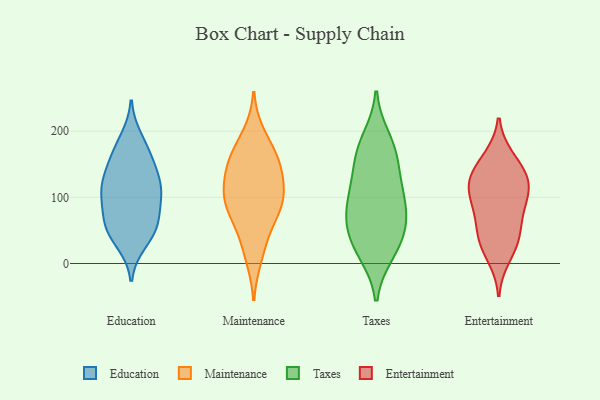
{"axis": {"x": "Inventory Turnover", "y": "Value"}, "legend": ["Education", "Entertainment", "Maintenance", "Taxes"], "data": [{"x": "", "y": 71, "type": "Education"}, {"x": "", "y": 188, "type": "Education"}, {"x": "", "y": 111, "type": "Education"}, {"x": "", "y": 154, "type": "Education"}, {"x": "", "y": 32, "type": "Education"}, {"x": "", "y": 108, "type": "Education"}, {"x": "", "y": 55, "type": "Education"}, {"x": "", "y": 173, "type": "Education"}, {"x": "", "y": 63, "type": "Education"}, {"x": "", "y": 134, "type": "Education"}, {"x": "", "y": 113, "type": "Education"}, {"x": "", "y": 113, "type": "Education"}, {"x": "", "y": 154, "type": "Education"}, {"x": "", "y": 100, "type": "Education"}, {"x": "", "y": 43, "type": "Education"}, {"x": "", "y": 57, "type": "Education"}, {"x": "", "y": 150, "type": "Maintenance"}, {"x": "", "y": 116, "type": "Maintenance"}, {"x": "", "y": 10, "type": "Maintenance"}, {"x": "", "y": 166, "type": "Maintenance"}, {"x": "", "y": 144, "type": "Maintenance"}, {"x": "", "y": 107, "type": "Maintenance"}, {"x": "", "y": 154, "type": "Maintenance"}, {"x": "", "y": 87, "type": "Maintenance"}, {"x": "", "y": 194, "type": "Maintenance"}, {"x": "", "y": 72, "type": "Maintenance"}, {"x": "", "y": 100, "type": "Maintenance"}, {"x": "", "y": 85, "type": "Maintenance"}, {"x": "", "y": 38, "type": "Maintenance"}, {"x": "", "y": 157, "type": "Taxes"}, {"x": "", "y": 15, "type": "Taxes"}, {"x": "", "y": 39, "type": "Taxes"}, {"x": "", "y": 76, "type": "Taxes"}, {"x": "", "y": 83, "type": "Taxes"}, {"x": "", "y": 104, "type": "Taxes"}, {"x": "", "y": 124, "type": "Taxes"}, {"x": "", "y": 114, "type": "Taxes"}, {"x": "", "y": 177, "type": "Taxes"}, {"x": "", "y": 77, "type": "Taxes"}, {"x": "", "y": 161, "type": "Taxes"}, {"x": "", "y": 189, "type": "Taxes"}, {"x": "", "y": 46, "type": "Taxes"}, {"x": "", "y": 15, "type": "Taxes"}, {"x": "", "y": 51, "type": "Taxes"}, {"x": "", "y": 70, "type": "Entertainment"}, {"x": "", "y": 32, "type": "Entertainment"}, {"x": "", "y": 39, "type": "Entertainment"}, {"x": "", "y": 86, "type": "Entertainment"}, {"x": "", "y": 154, "type": "Entertainment"}, {"x": "", "y": 126, "type": "Entertainment"}, {"x": "", "y": 110, "type": "Entertainment"}, {"x": "", "y": 85, "type": "Entertainment"}, {"x": "", "y": 10, "type": "Entertainment"}, {"x": "", "y": 118, "type": "Entertainment"}, {"x": "", "y": 41, "type": "Entertainment"}, {"x": "", "y": 123, "type": "Entertainment"}, {"x": "", "y": 160, "type": "Entertainment"}, {"x": "", "y": 128, "type": "Entertainment"}]}